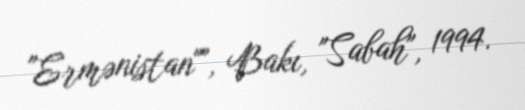
"Ermənistan"", Bakı, "Sabah", 1994.